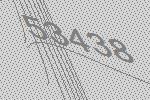
53438